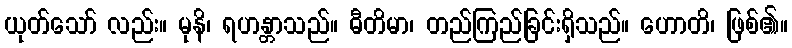
ယုတ်သော် လည်း။ မုနိ၊ ရဟန္တာသည်။ ဓီတိမာ၊ တည်ကြည်ခြင်းရှိသည်။ ဟောတိ၊ ဖြစ်၏။